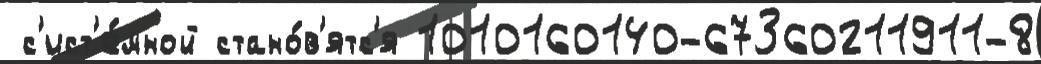
 с'ист'е́мной стано́в'ятс'я 1010160140-67360211911-8